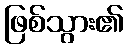
ဖြစ်သွား၏